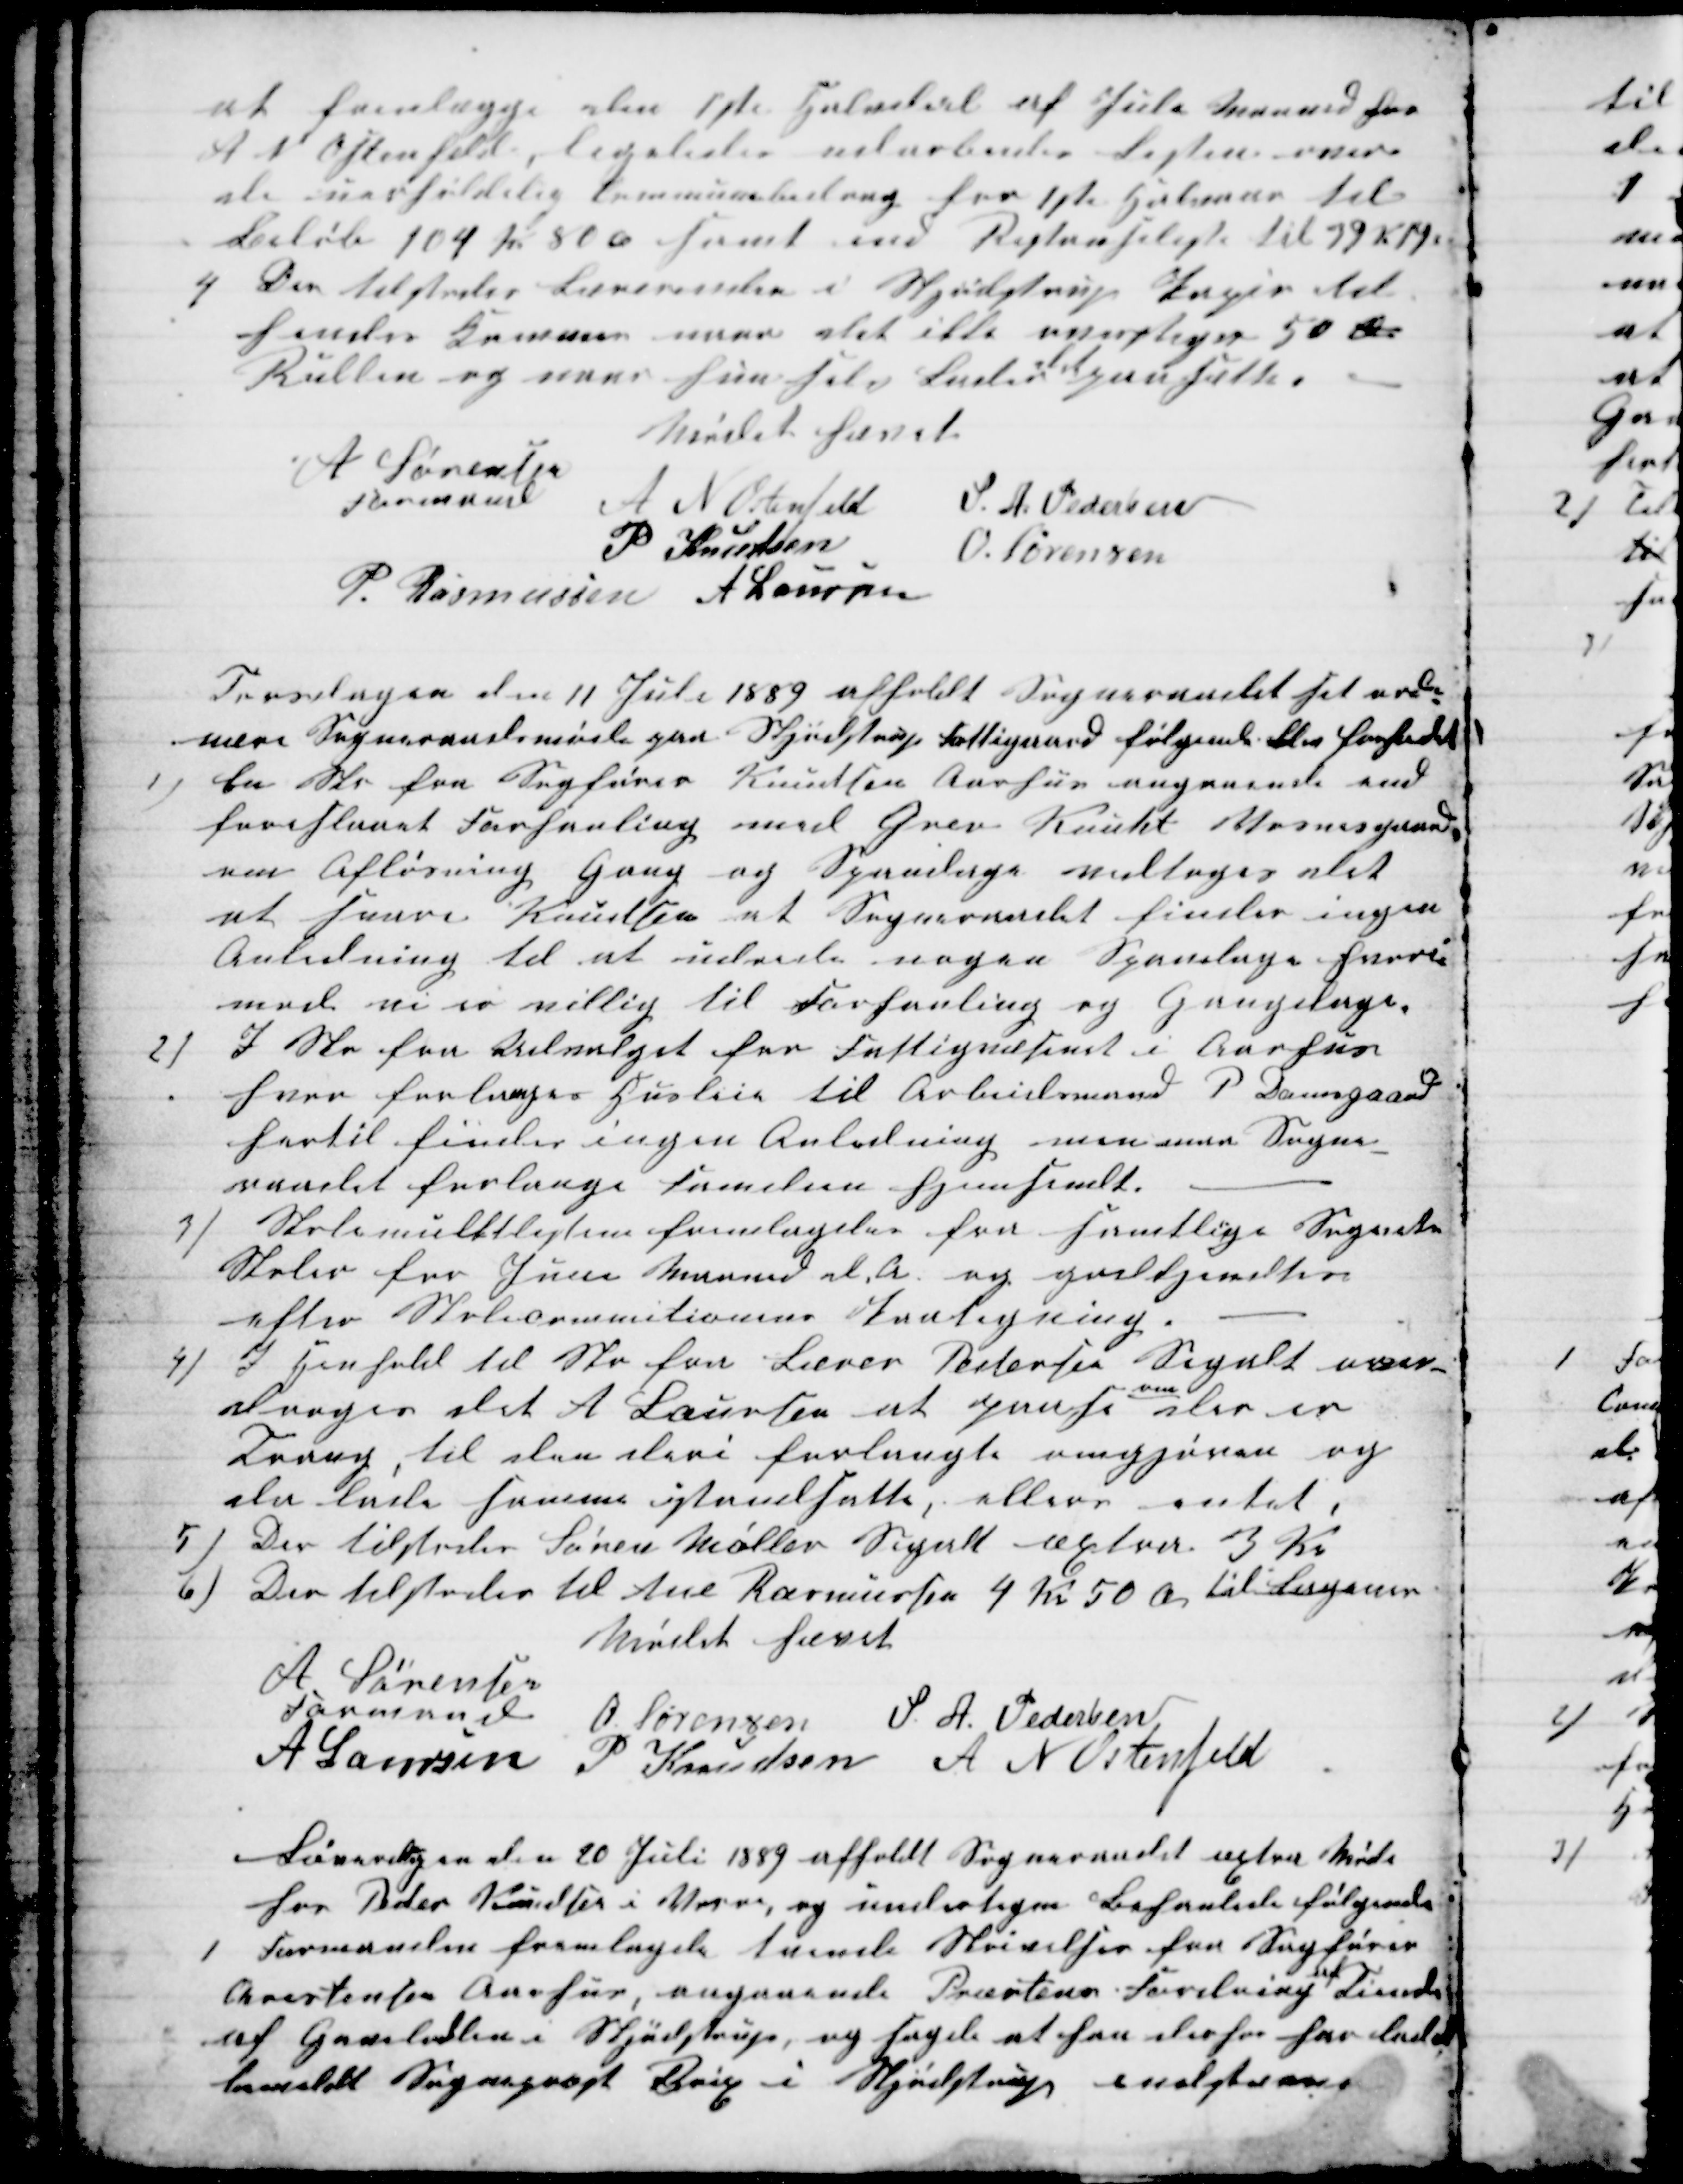
Transskription:
at fremlægge den 1ste Halvdeel af Juli Maaned hos
A N Ostenfeld, ligeledes udarbeides Listen over
de uerholdelig Communebidrag for 1ste Halvaar til
Beløb 104 Kr 80 Ø samt end Restanseliste til 39 Kr 19 Ø
4 
Der tilstodes Lærerinden i Skjødstrup Papir til
hendes Kammer naar det ikke overstiger 50 Ø
Rullen og naar hun selv Lader 
det
paasætte.
Mødet hævet
A Sørensen
Formand
A N Ostenfeld
S. A. Pedersen
P Knudsen
O. Sørensen
P. Rasmussen A Laursen
Torsdagen den 11 Juli 1889 afholdt Sogneraadet sit ordi-
nære Sogneraadsmøde paa Skjødstrup Fattiggaard følgende blev forhanlet
1) En Skr fra Sagfører Knudsen Aarhus angaaende end
foreslaaet Forhanling med Grev Knuht Vosnesgaard
om Afløsning Gang og Spandage vedtoges det
at svare Knudsen at Sogneraadet firder ingen
Anledning til at udrede nogen Spandage hvori-
mod vi er villig til Forhanling og Gangdage.
2)
I Skr fra Udvalget for Fattigvæsenet i Aarhus
hvor forlanges Husleie til Arbeidsmand P Damsgaard
hertil findes ingen Anledning men maa Sogne-
neraadet forlange Familien hjemsendt.
3) Skolemulktlisterne fremlagdes fra samtlige Sognets
Skoler for Juni Maaned d A. og godkjendtes
efter Skolecommitionens Paategning.
4)
I Henhold til Skr fra Lærer Pedersen Segalt over-
droges det A Laursen at paase 
om
der er
Trang, til den deri forlangte omgjøren og
da lade samme istandsette, ellers intet.
5)
Der tilstodes Søren Møller Segalt æxtra 3 Kr
6)
Der tilstodes til Ane Rasmussen 4 Kr 50 Ør til Lagener
Mødet hævet
A Sørensen
Formand
O. Sørensen S. A. Pedersen
A Laursen
P Knudsen A N Ostenfeld
Løverdagen den 20 Juli 1889 afholdt Sogneraadet æxtra Møde
hos Peder Knudsen i Vorre, og undertegne Behanlede følgende
1
Formanden fremlagde tvende Skrivelser fra Sagfører
Christensen Aarhus, angaaende Præstens Fordring 
af
Tiende
af Gavelodden i Skjødstrup, og sagde at han derfor har ladet
bemeldt Sognepræst Brix i Skjødstrup indstævne